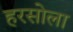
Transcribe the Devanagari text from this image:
हरसोला